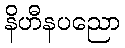
နိဟီနပညော